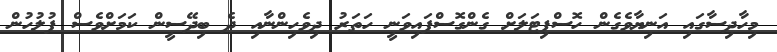
މިހާދިސާގައި އަނިޔާވެގެން ހޮސްޕިޓަލަށް ގެންގޮސްފައިވަނީ ހަތަރު ދިވެހިންނާއި ދެ ބިދޭސީން ކަމަށްވެސް ފުލުހުން